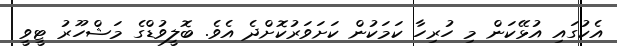
އެކުގައި އުޅޭކަން މި ހުރިހާ ކަމަކުން ކަށަވަރުކޮށްދެ އެވެ. ބޮލީވުޑްގެ މަޝްހޫރު ޓީވީ